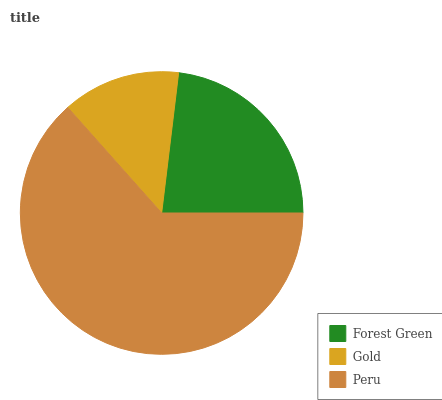
| Forest Green | Gold | Peru |
 | --- | --- | --- |
 | 23.1% | 13.5% | 63.5% |